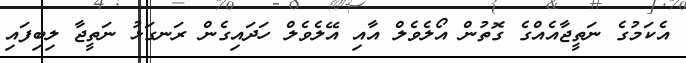
އެކަމުގެ ނަތީޖާއެއްގެ ގޮތުން އޯލެވެލް އާއި އޭލެވެލް ހަދައިގެން ރަނގަޅު ނަތީޖާ ލިބިފައި